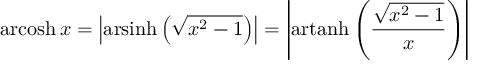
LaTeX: \operatorname { a r c o s h } x = \left| \operatorname { a r s i n h } \left( { \sqrt { x ^ { 2 } - 1 } } \right) \right| = \left| \operatorname { a r t a n h } \left( { \frac { \sqrt { x ^ { 2 } - 1 } } { x } } \right) \right|